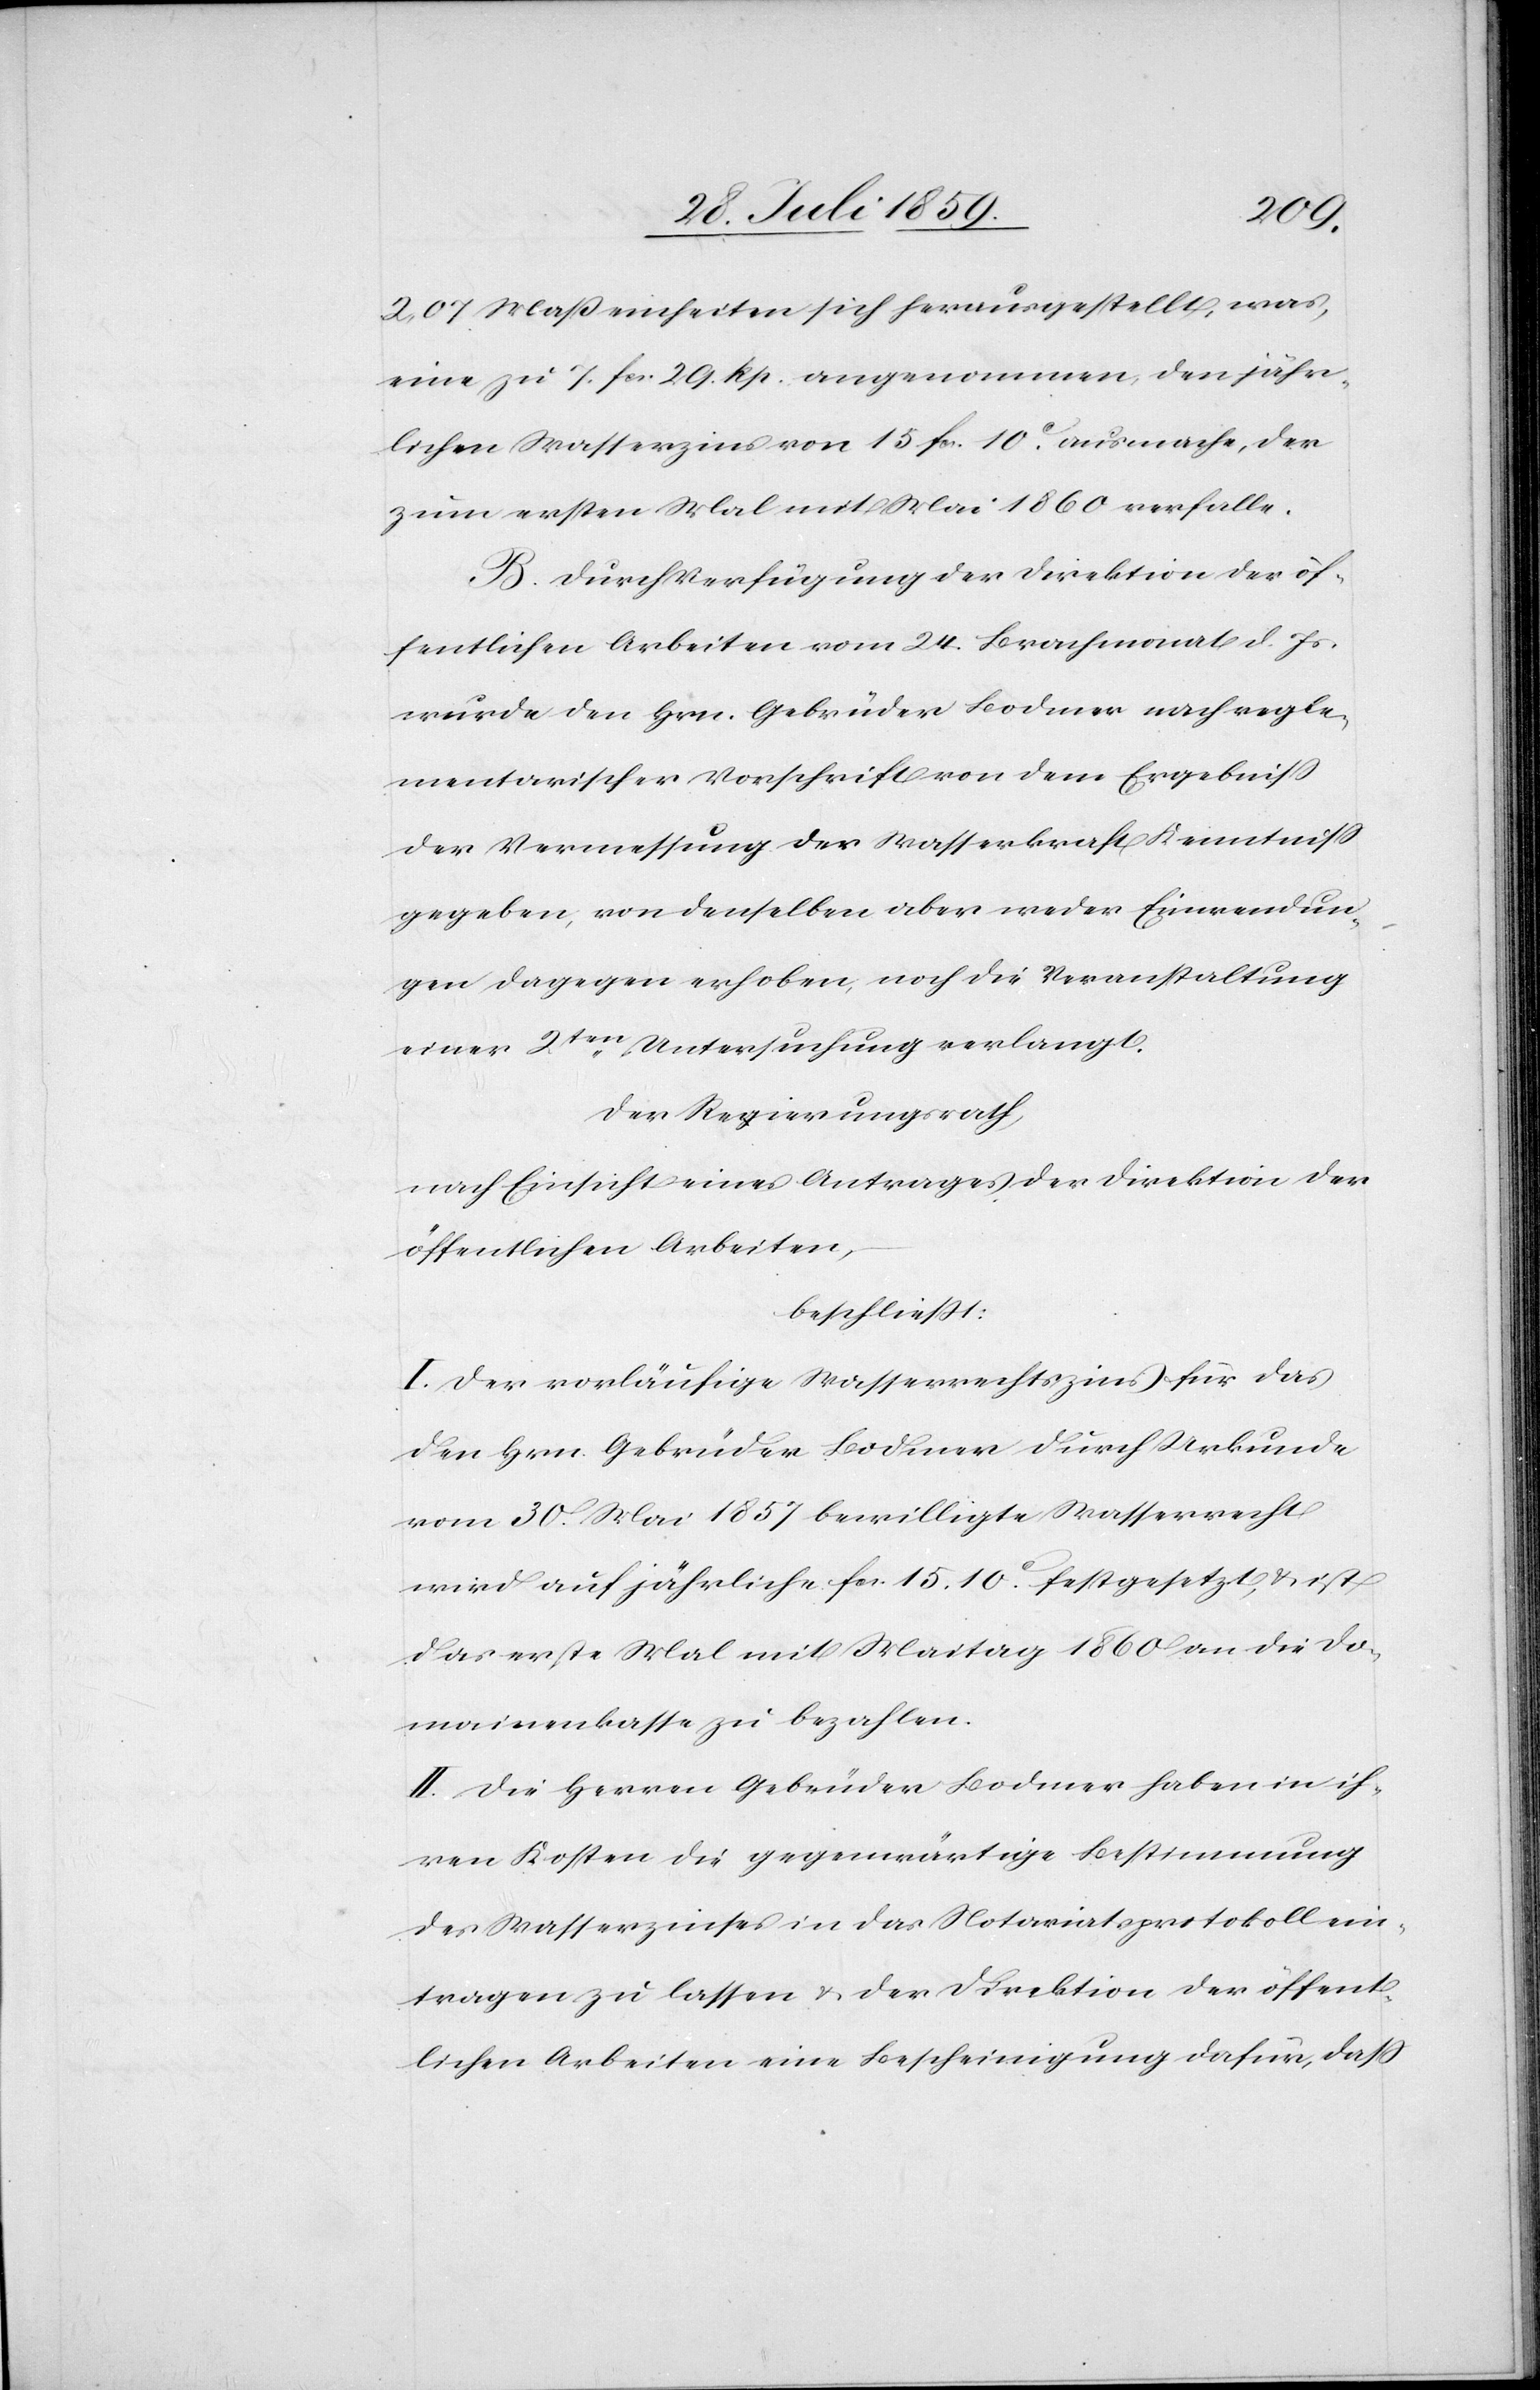
2,07 Maßeinheiten sich herausgestellt, was,
eine zu 7. fcs. 29. Rp. angenommen, den jähr¬
lichen Wasserzins von 15. fcs. 10c. ausmache, der
zum ersten Mal mit Mai 1860 verfalle.
B. Durch Verfügung der Direktion der öf¬
fentlichen Arbeiten vom 24. Brachmonat d. Js.
wurde den Hrn. Gebrüder Bodmer nach regle¬
mentarischer Vorschrift von dem Ergebniß
der Vermessung der Wasserkraft Kenntniß
gegeben, von denselben aber weder Einwendun¬
gen dagegen erhoben, noch die Veranstaltung
einer 2ten. Untersuchung verlangt.
Der Regierungsrath,
nach Einsicht eines Antrages der Direktion der
öffentlichen Arbeiten,
beschließt:
I. Der vorläufige Wasserrechtszins für das
den Hrn. Gebrüder Bodmer durch Urkunde
vom 30. Mai 1857 bewilligte Wasserrecht
wird auf jährliche fcs. 15.10 festgesetzt, u. ist
das erste Mal mit Maitag 1860 an die Do¬
mainenkasse zu bezahlen.
II. Die Herren Gebrüder Bodmer haben in ih¬
ren Kosten die gegenwärtige Bestimmung
des Wasserzinses in das Notariatsprotokoll ein¬
tragen zu lassen u. der Direktion der öffent¬
lichen Arbeiten eine Bescheinigung dafür, daß